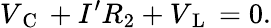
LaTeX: V_{\mathrm{~C~}}+I^{\prime}R_{2}+V_{\mathrm{~L~}}=0.